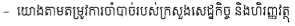
- យោងតាមតម្រូវការចាំបាច់របស់ក្រសួងសេដ្ឋកិច្ច និងហិរញ្ញវត្ថូ